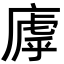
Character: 𫷽